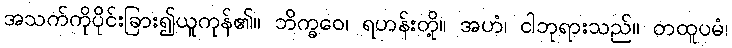
အသက်ကိုပိုင်းခြား၍ယူကုန်၏။ ဘိက္ခဝေ၊ ရဟန်းတို့။ အဟံ၊ ငါဘုရားသည်။ တထူပမံ၊